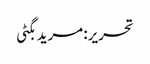
تحریر: مرید بگٹی